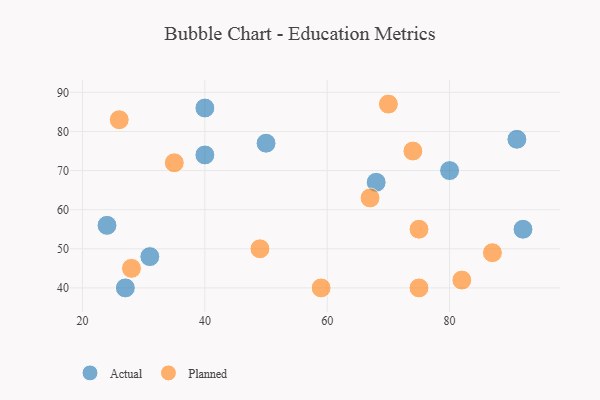
{"axis": {"x": "GDP", "y": "Life Expectancy"}, "legend": ["Actual", "Planned"], "data": [{"x": "80", "y": 70, "type": "Actual"}, {"x": "92", "y": 55, "type": "Actual"}, {"x": "31", "y": 48, "type": "Actual"}, {"x": "27", "y": 40, "type": "Actual"}, {"x": "24", "y": 56, "type": "Actual"}, {"x": "68", "y": 67, "type": "Actual"}, {"x": "50", "y": 77, "type": "Actual"}, {"x": "40", "y": 74, "type": "Actual"}, {"x": "40", "y": 86, "type": "Actual"}, {"x": "91", "y": 78, "type": "Actual"}, {"x": "35", "y": 72, "type": "Planned"}, {"x": "26", "y": 83, "type": "Planned"}, {"x": "82", "y": 42, "type": "Planned"}, {"x": "49", "y": 50, "type": "Planned"}, {"x": "75", "y": 40, "type": "Planned"}, {"x": "75", "y": 55, "type": "Planned"}, {"x": "70", "y": 87, "type": "Planned"}, {"x": "74", "y": 75, "type": "Planned"}, {"x": "87", "y": 49, "type": "Planned"}, {"x": "59", "y": 40, "type": "Planned"}, {"x": "67", "y": 63, "type": "Planned"}, {"x": "28", "y": 45, "type": "Planned"}]}